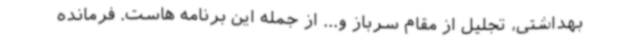
بهداشتی، تجلیل از مقام سرباز و... از جمله این برنامه هاست. فرمانده